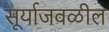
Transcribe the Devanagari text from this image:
सूर्याजवळील